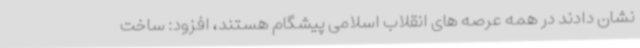
نشان دادند در همه عرصه های انقلاب اسلامی پیشگام هستند، افزود: ساخت